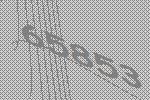
65853